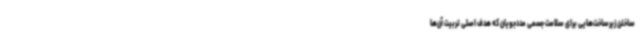
ساختن زیرساخت‌هایی برای سلامت جسمی مددجویان که هدف اصلی تربیت آن‌ها